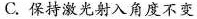
C.保持激光射入角度不变